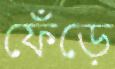
ফেঁড়ে